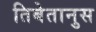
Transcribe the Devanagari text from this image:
तिबेतानुस